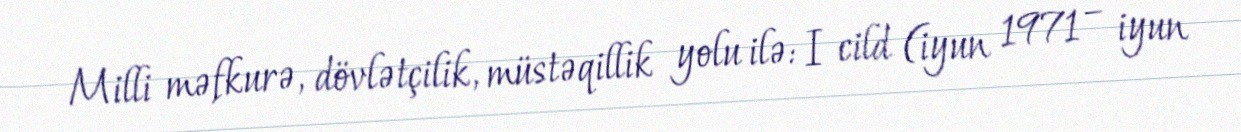
Milli məfkurə, dövlətçilik, müstəqillik yolu ilə: I cild (iyun 1971 – iyun